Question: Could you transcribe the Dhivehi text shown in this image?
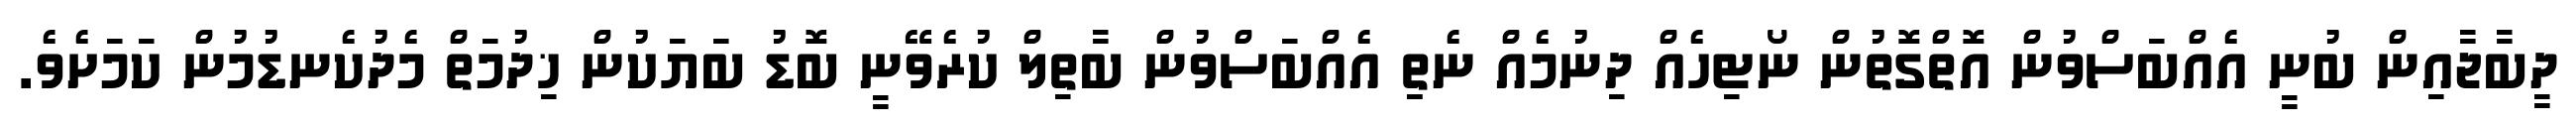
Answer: ދީބާޖާއިން ބުނީ އެއްބަސްވުން އޮތްގޮތުން ނޯޓިހެއް ދިނުމެއް ނެތިި އެއްބަސްވުން ބާތިލް ކުރެވޭނީ ބޮޑު ބަޔަކުން ޚިދުމަތް މެދުކެނޑުމުން ކަމަށެވެ.